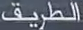
الطريق